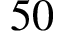
5 0